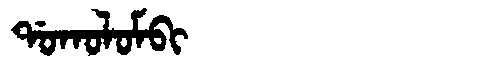
Manchu: ᡩᠣᡴᠣᠯᠣᠮᠪᡳ
Romanization: DOKOLOMBI